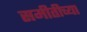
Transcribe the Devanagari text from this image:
समीतीच्या